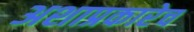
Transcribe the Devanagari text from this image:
अशाप्रकारेच